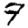
Digit: 7